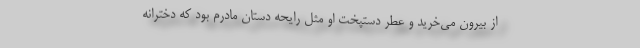
از بیرون می‌خرید و عطر دستپخت او مثل رایحه دستان مادرم بود که دخترانه